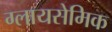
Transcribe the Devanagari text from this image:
ग्लायसेमिक